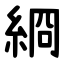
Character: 綗